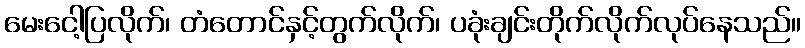
မေးငေါ့ပြလိုက်၊ တံတောင်နှင့်တွက်လိုက်၊ ပခုံးချင်းတိုက်လိုက်လုပ်နေသည်။